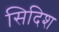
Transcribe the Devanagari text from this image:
सिदिश